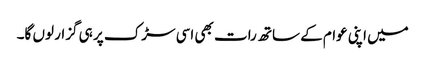
میں اپنی عوام کے ساتھ رات بھی اسی سڑک پر ہی گزار لوں گا۔